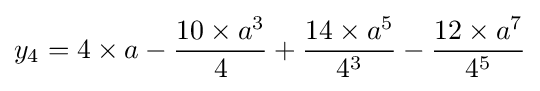
y_{4}=4\times a-{\frac {10\times a^{3}}{4}}+{\frac {14\times a^{5}}{4^{3}}}-{\frac {12\times a^{7}}{4^{5}}}